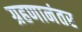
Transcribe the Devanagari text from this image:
ग्रहणानंतर